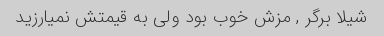
شیلا برگر , مزش خوب بود ولی به قیمتش نمیارزید